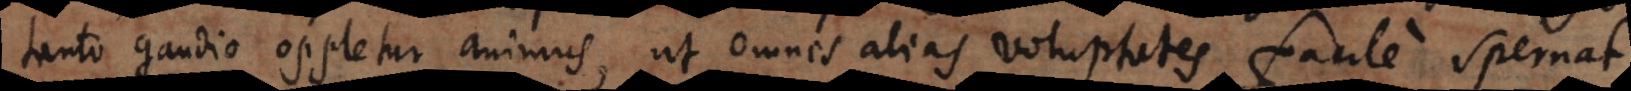
tanto gaudio oppletur animus, ut omnes alias voluptates facile spernat.